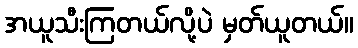
အယူသီးကြတယ်လို့ပဲ မှတ်ယူတယ်။